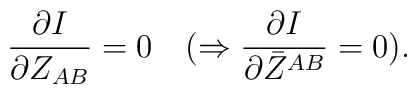
{\partial I\over \partial Z_{AB}}=0\quad(\Rightarrow {\partial I\over \partial\bar Z^{AB}}=0).